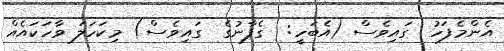
އެންމެފަހު  ގައިވެސް (އެބަހީ:  ގެފާނުގެ  ގައިވެސް) މިކަހަލަ ވާހަކައެއް